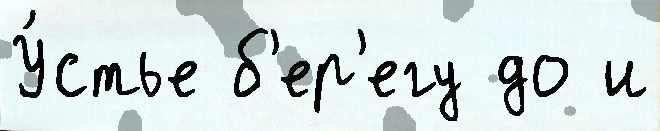
У́стье б'ер'егу до и